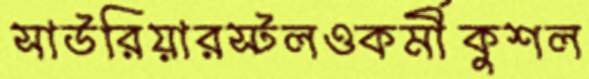
সাউরিয়ারস্টলওকর্মীকুশল